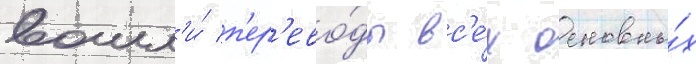
вошл'и́ п'ер'ево́ды вс'е́х основны́х